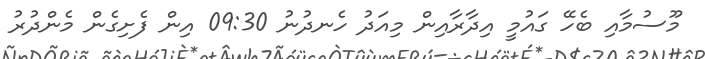
މޫސުމާއި ބެހޭ ގައުމީ އިދާރާއިން މިއަދު ހެނދުނު 09:30 އިން ފެށިގެން މެންދުރު